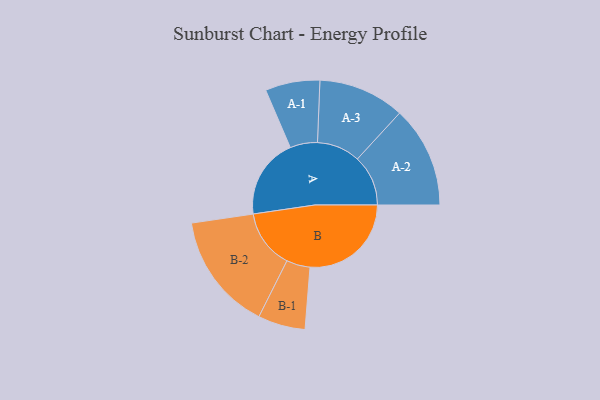
{"axis": {"x": "Segment", "y": "Value"}, "legend": ["", "A", "B"], "data": [{"x": "A", "y": 374, "type": ""}, {"x": "B", "y": 471, "type": ""}, {"x": "A-1", "y": 127, "type": "A"}, {"x": "A-2", "y": 236, "type": "A"}, {"x": "A-3", "y": 201, "type": "A"}, {"x": "B-1", "y": 110, "type": "B"}, {"x": "B-2", "y": 274, "type": "B"}]}